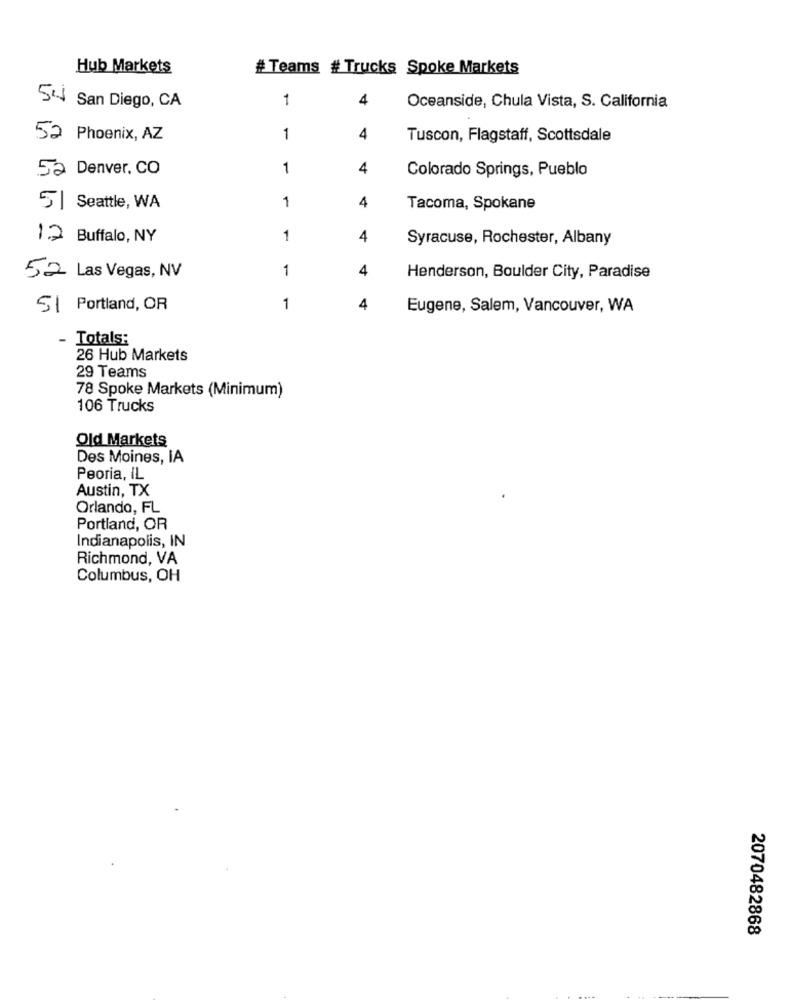
Hub Markets
# Teams # Trucks Spoke Markets
1
4
54 San Diego, CA
Oceanside, Chula Vista, S. California
52 Phoenix, AZ
1
4
Tuscon, Flagstaff, Scottsdale
52 Denver, CO
1
4
Colorado Springs, Pueblo
4
5| Seattle, WA
1
Tacoma, Spokane
12 Buffalo, NY
1
4
Syracuse, Rochester, Albany
52 Las Vegas, NV
1
4
Henderson, Boulder City, Paradise
5| Portland, OR
1
4
Eugene, Salem, Vancouver, WA
Totals:
26 Hub Markets
29 Teams
78 Spoke Markets (Minimum)
106 Trucks
Old Markets
Des Moines, IA
Peoria, IL
Austin, TX
Orlando, FL
Portland, OR
Indianapolis, IN
Richmond, VA
Columbus, OH
2070482868